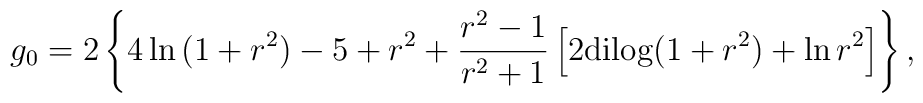
g_0=2\left\{4\ln{(1+r^2)}-5+r^2+{{r^2-1}\over{r^2+1}}\left[2{\rm dilog}(1+r^2)+\ln{r^2}\right]\right\},